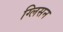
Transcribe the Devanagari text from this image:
ग्लिसन